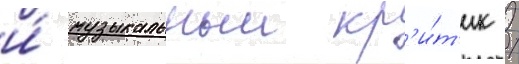
и́ музыкальныи кр'и́т'ик /